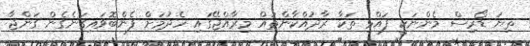
ތިޔަ ޑޯރިސް މެންނަކީ ފައްޅި ތަކާ ރާދުއްކާންތައް މިރާއްޖޭގައި ހެދުމަށް ފެންބޮވައިގަނެގެން ގަންޖާ